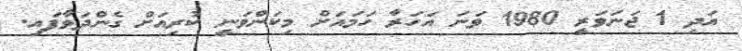
އަދި 1 ޖަނަވަރީ 1980 ވަނަ އަހަރާ ހަމައަށް މިކަންވަނީ ކުރިއަށް ގެންދަވާފައި.